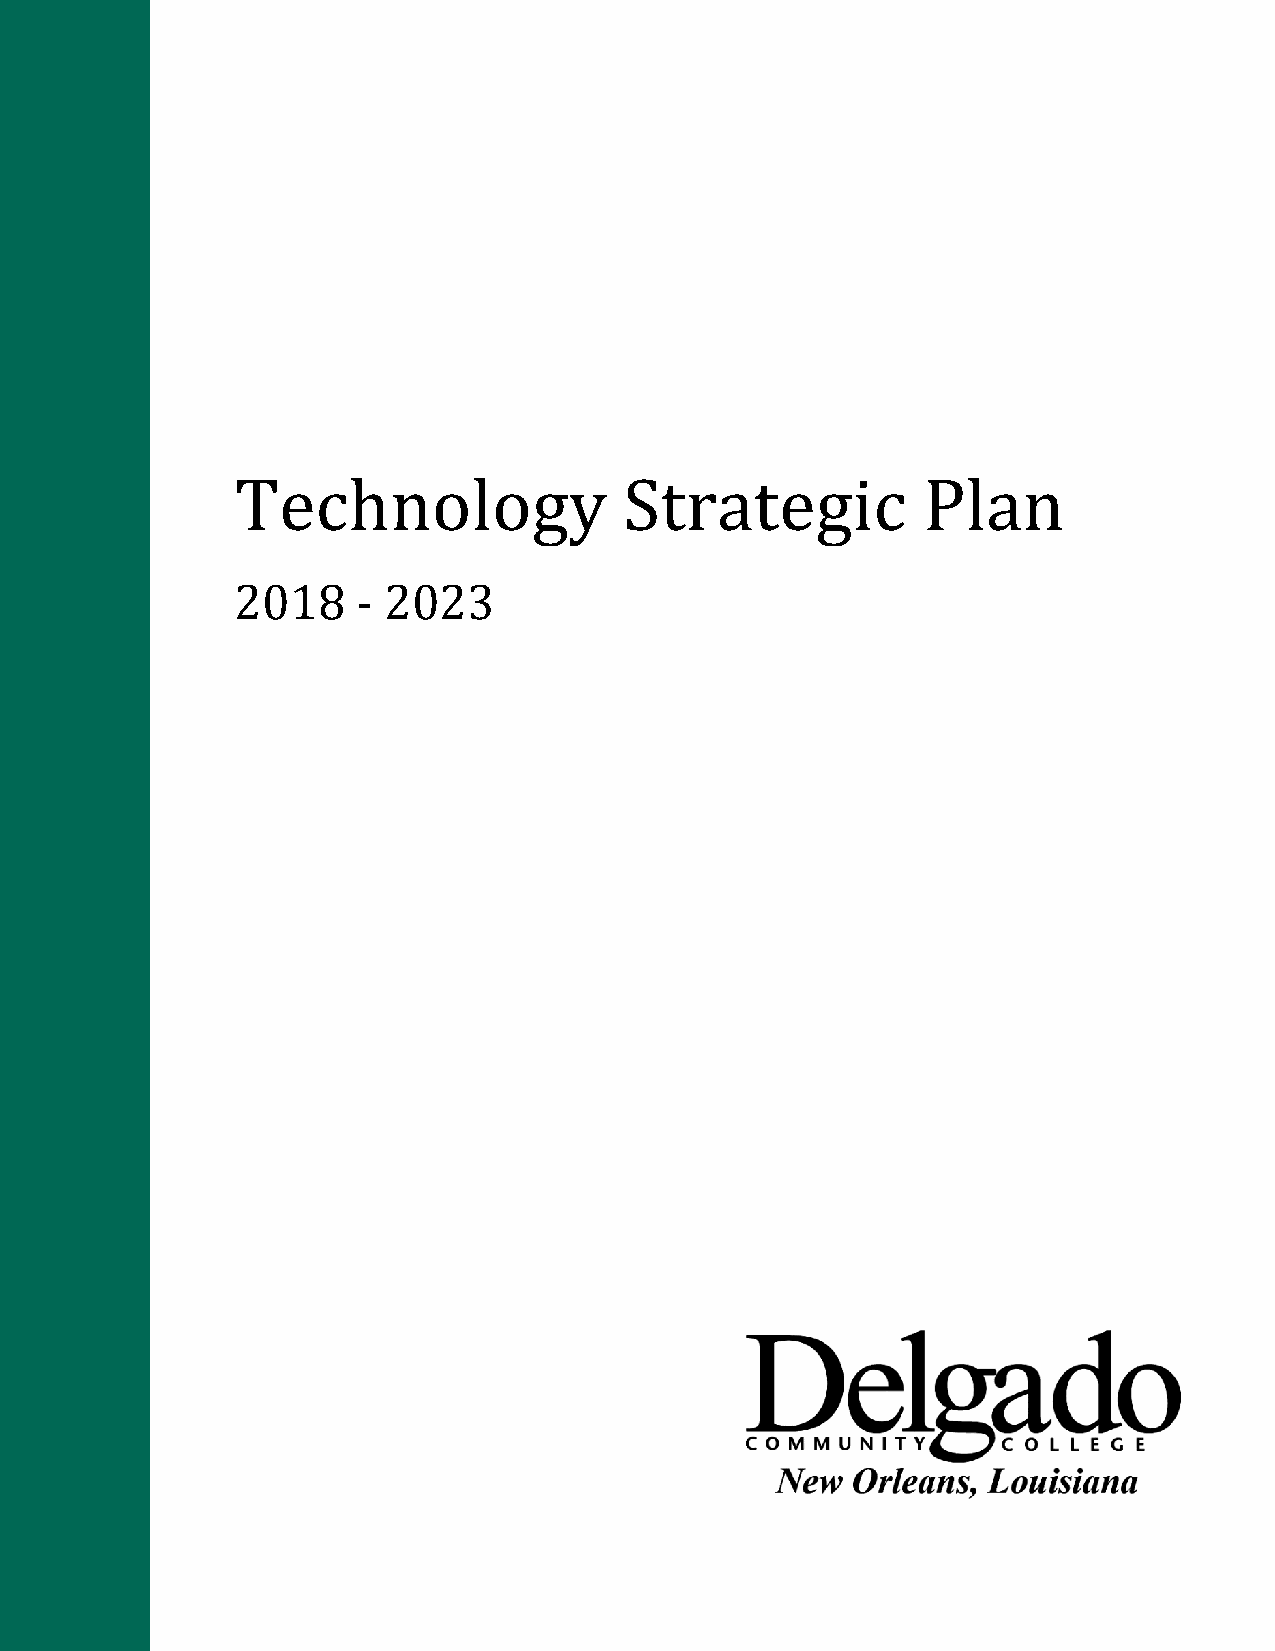
Technology               Strategic           Plan
 2018    - 2023